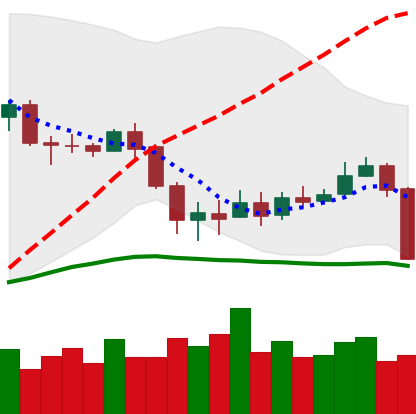
Ticker: BNB-USD
Chart end date: 2020-03-08
Forward return: -36.179%
Label: down_7plus